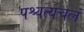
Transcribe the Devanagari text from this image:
पश्चत्यचलं